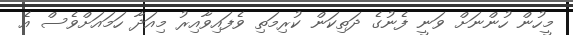
މީހުން ހުންނަށް ވަނީ ފެނުގެ ދަތިކަން ކުރިމަތި ވެފައިވާއިރު މިއަދާ ހަމައަށްވެސް އެ